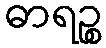
ဓာရဉ္စ